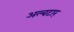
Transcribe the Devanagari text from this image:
अल्बटार्